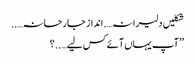
شکلیں دلیرانہ….انداز جارحانہ…..
’’آپ یہاں آئے کس لیے…..؟